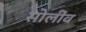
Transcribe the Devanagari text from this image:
सोलींव